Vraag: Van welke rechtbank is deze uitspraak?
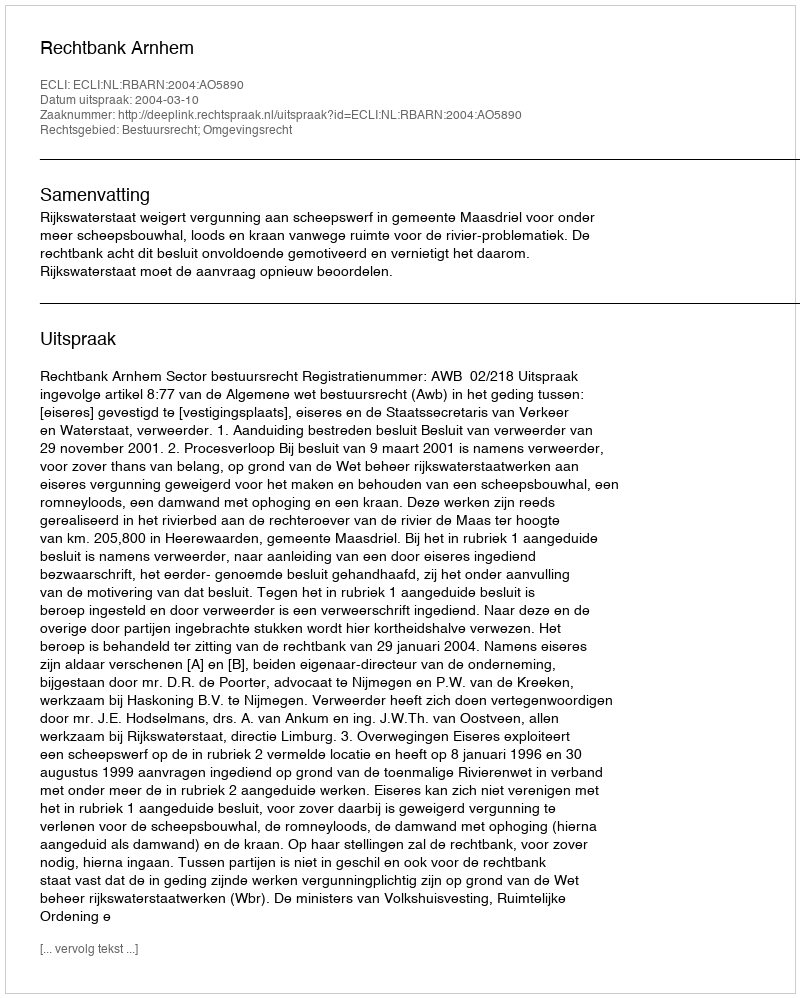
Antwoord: Rechtbank Arnhem